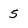
Character: 5